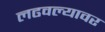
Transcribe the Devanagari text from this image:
लढवल्यावर